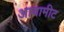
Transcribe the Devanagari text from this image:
आयामीट